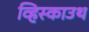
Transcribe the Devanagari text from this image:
व्हिस्काउथ